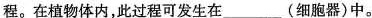
程。在植物体内，此过程可发生在___(细胞器)中。